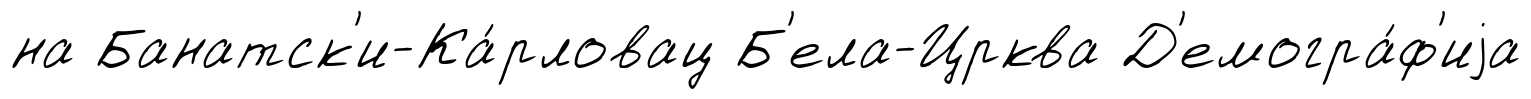
на Банатск'и-Ка́рловац Б'ела-Црква Д'емогра́ф'иjа